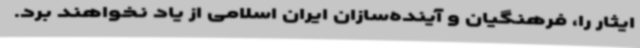
ایثار را، فرهنگیان و آینده‌سازان ایران اسلامی از یاد نخواهند برد.